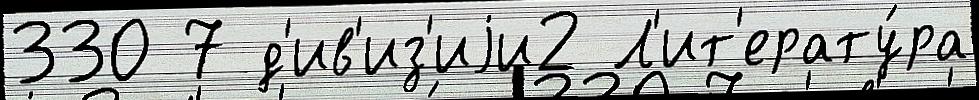
330 7 д'ив'из'иjи2 Л'ит'ерату́ра